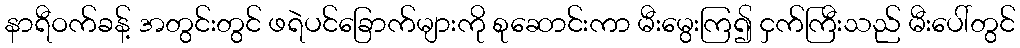
နာရီဝက်ခန့် အတွင်းတွင် ဖရဲပင်ခြောက်များကို စုဆောင်းကာ မီးမွေးကြ၍ ငှက်ကြီးသည် မီးပေါ်တွင်